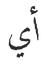
أي